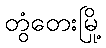
တွံတေးမြို့